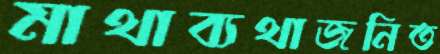
মাথাব্যথাজনিত